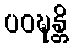
ပဝဍ္ဎန္တိ